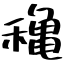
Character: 穐